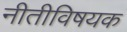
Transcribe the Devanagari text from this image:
नीतीविषयक